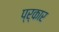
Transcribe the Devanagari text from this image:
प्र्कार